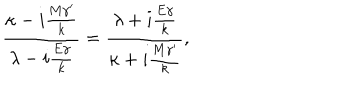
{ { \frac { \kappa - i { \frac { M { \gamma } ^ { \prime } } { k } } } { \lambda - i { \frac { E \gamma } { k } } } } } = { { { \frac { \lambda + i { \frac { E \gamma } { k } } } { \kappa + i { \frac { M { \gamma } ^ { \prime } } { k } } } } } } ,